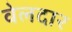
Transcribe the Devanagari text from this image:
वेलदार